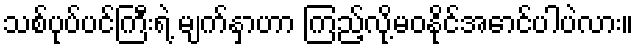
သစ်ပုပ်ပင်ကြီးရဲ့ မျက်နှာဟာ ကြည့်လို့မဝနိုင်အောင်ပါပဲလား။